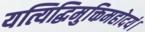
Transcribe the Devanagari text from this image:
यत्यिद्धिमुक्तिमहोदयं।